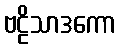
ဗဠိသာဒကော